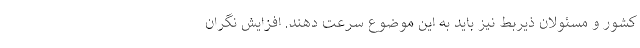
کشور و مسئولان ذیربط نیز باید به این موضوع سرعت دهند. افزایش نگران